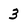
Character: 3